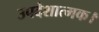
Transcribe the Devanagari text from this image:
उपदेशात्मक।